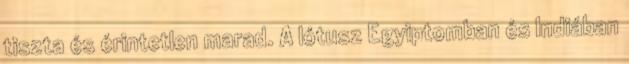
tiszta és érintetlen marad. A lótusz Egyiptomban és Indiában